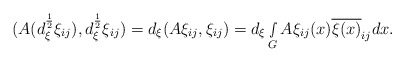
\begin{align*} (A(d_\xi^{\frac{1}{2}}\xi_{ij}),d_\xi^{\frac{1}{2}}\xi_{ij})=d_\xi(A\xi_{ij},\xi_{ij})=d_\xi\smallint\limits_{G}A\xi_{ij}(x)\overline{\xi(x)}_{ij}dx.\end{align*}